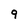
Character: 9